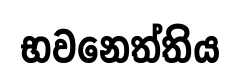
භවනෙත්තිය